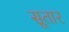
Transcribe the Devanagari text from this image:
सूतार